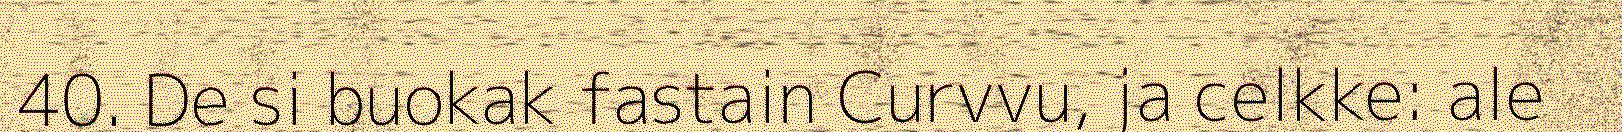
40. De si buokak fastain Curvvu, ja celkke: ale